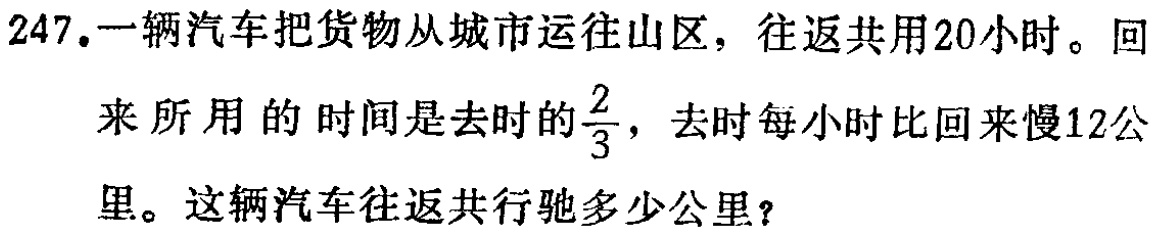
247.一辆汽车把货物从城市运往山区，往返共用20小时。回

来所用的时间是去时的$\frac{2}{3}$，去时每小时比回来慢12公

里。这辆汽车往返共行驶多少公里？